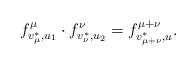
LaTeX: \begin{align*}f^\mu_{v_\mu^*,u_1}\cdot f^\nu_{v_\nu^*,u_2}=f^{\mu+\nu}_{v^*_{\mu+\nu},u}.\end{align*}